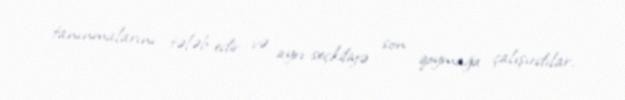
tanınmalarını tələb edir və ayrı-seçkiliyə son qoymağa çalışırdılar.